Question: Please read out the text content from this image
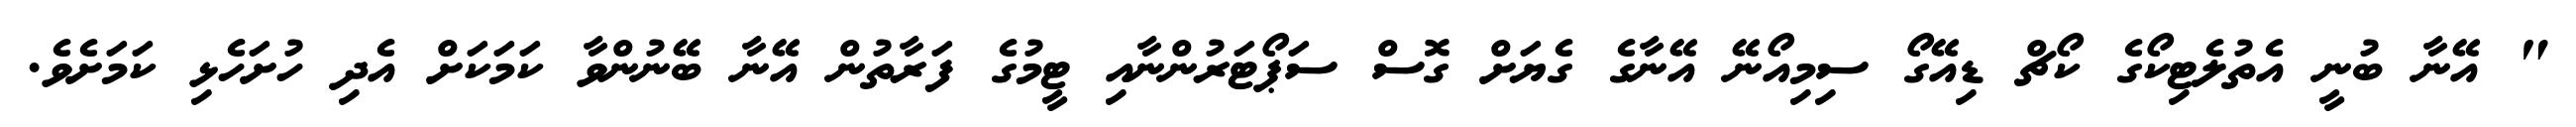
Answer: " އޭނާ ބުނީ އެތުލެޓިކޯގެ ކޯޗް ޑިއޭގޯ ސިމިއޯނޭ އޭނާގެ ގެޔަށް ގޮސް ސަޕޯޓަރުންނާއި ޓީމުގެ ފަރާތުން އޭނާ ބޭނުންވާ ކަމަކަށް އެދި ހުށަހެޅި ކަމަށެވެ.